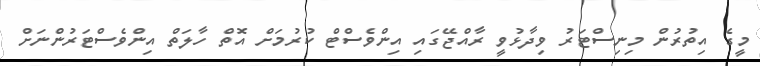
މީގެ އިތުރުން މިނިސްޓަރު ވިދާޅުވީ ރާއްޖޭގައި އިންވެސްޓް ކުރުމަށް އޮތް ހާލަތް އިންވެސްޓަރުންނަށް